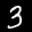
Label: 3